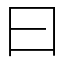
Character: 曰